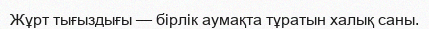
Жұрт тығыздығы — бірлік аумақта тұратын халық саны.